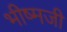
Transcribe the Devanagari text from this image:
भीष्मजी